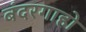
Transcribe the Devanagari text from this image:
बंदरगाहो